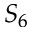
S _ { 6 }